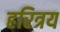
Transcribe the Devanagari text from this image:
हरित्रय